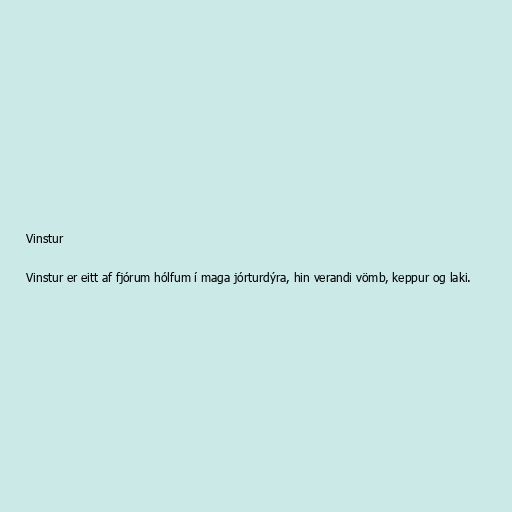
Vinstur

Vinstur er eitt af fjórum hólfum í maga jórturdýra, hin verandi vömb, keppur og laki.